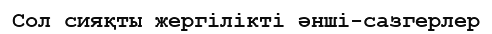
Сол сияқты жергілікті әнші-сазгерлер